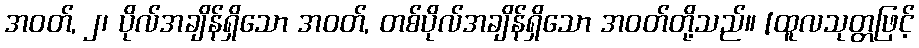
အဝတ်, ၂၊ ပိုလ်အချိန်ရှိသော အဝတ်, တစ်ပိုလ်အချိန်ရှိသော အဝတ်တို့သည်။ [ထူလသုတ္တဖြင့်